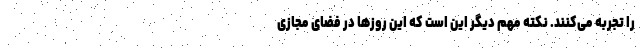
را تجربه می‌کنند. نکته مهم دیگر این است که این روزها در فضای مجازی